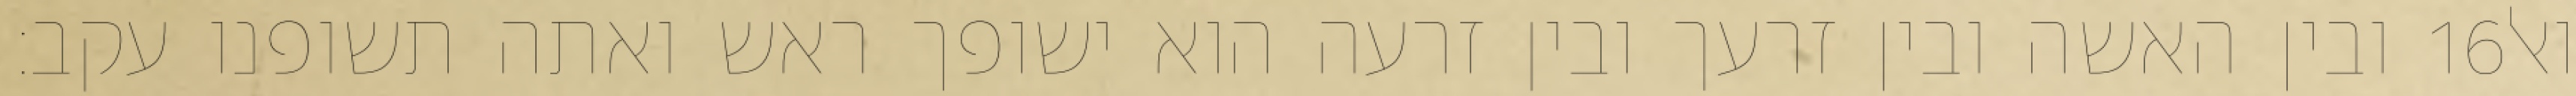
ובין האשה ובין זרעך ובין זרעה הוא ישופך ראש ואתה תשופנו עקב׃ ‎16‏ ואל